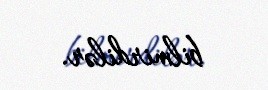
bilmirdilər.